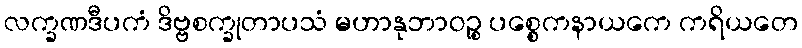
လက္ခဏဒီပကံ ဒိဗ္ဗစက္ခုတာပသံ မဟာနုဘာဝဉ္စ ပစ္စေကနာယကေ ကရိယတေ